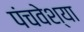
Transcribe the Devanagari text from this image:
पंचवेश्या